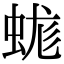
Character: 蛖